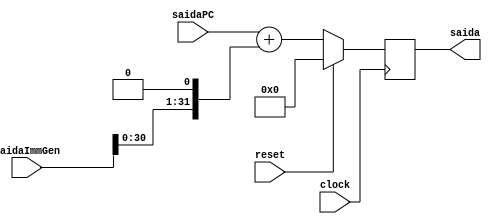
module add(
    input wire clock,
    input reset,
    input wire [31:0] saidaPC,
    input wire [31:0] saidaImmGen,
    output reg [31:0] saida
);
    wire [31:0] mudancaIMM;

    assign mudancaIMM = (saidaImmGen <<< 1);

    always @(posedge clock) begin
        if (reset) begin
            saida = 32'b0;
        end
        else begin
            saida = saidaPC + (mudancaIMM);
        end
    end
endmodule